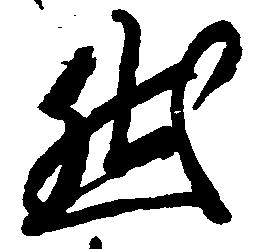
然